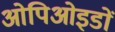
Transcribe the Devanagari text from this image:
ओपिओइडों